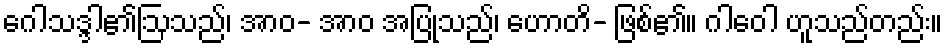
ဂေါသဒ္ဒါ၏ဩသည်၊ အာဝ- အာဝ အပြုသည်၊ ဟောတိ- ဖြစ်၏။ ဂါဝေါ ဟူသည်တည်း။